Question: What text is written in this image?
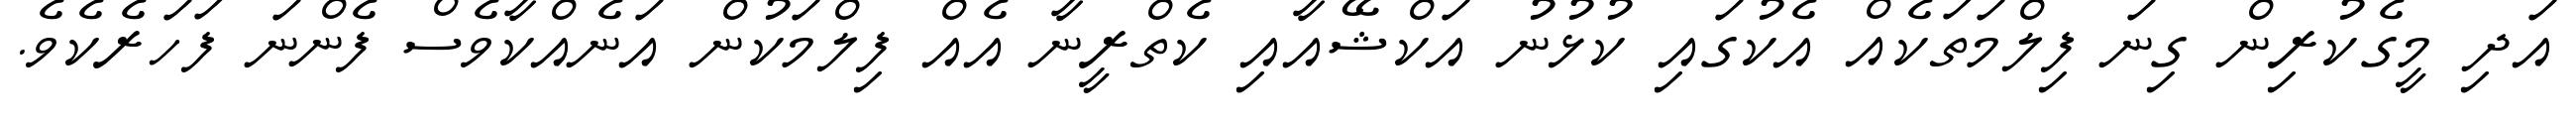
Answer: އަދި މީގެކުރިން ގިނަ ފިލްމަތަކެއް އެކުގައި ކުޅުނު އަކްޝޭއާއި ކެތްރީނާ އެއް ފިލްމަކުން އަނެއްކާވެސް ފެންނަ ފަހަރެކެވެ.